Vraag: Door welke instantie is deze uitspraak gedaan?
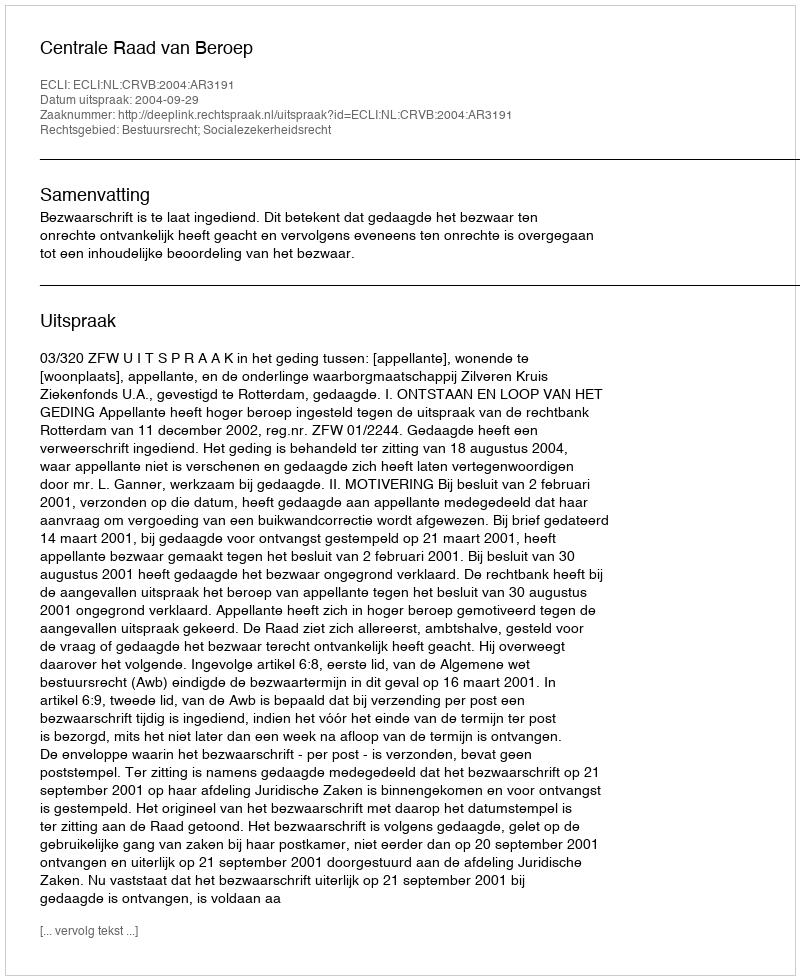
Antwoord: Centrale Raad van Beroep